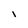
Character: I